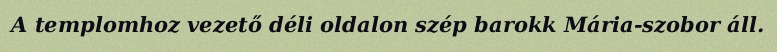
A templomhoz vezető déli oldalon szép barokk Mária-szobor áll.